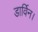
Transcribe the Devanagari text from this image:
डार्विन।